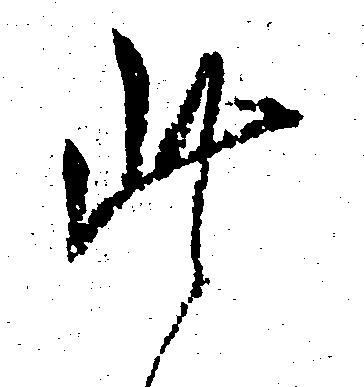
此